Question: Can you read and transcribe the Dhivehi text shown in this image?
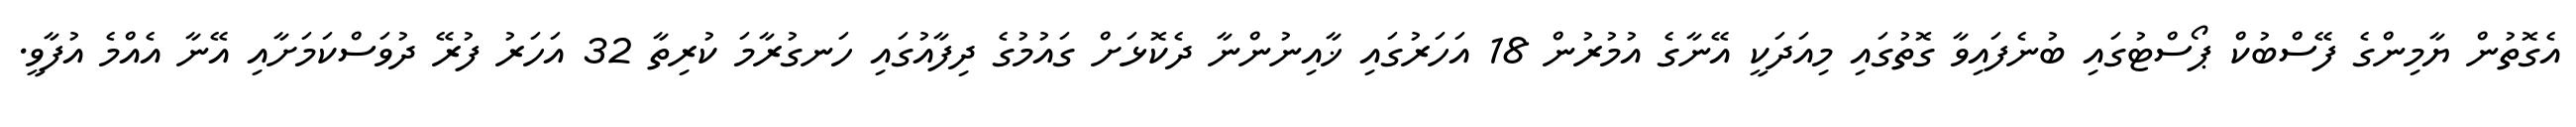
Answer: އެގޮތުން ޔާމިންގެ ފޭސްބުކް ޕޯސްޓުގައި ބުނެފައިވާ ގޮތުގައި މިއަދަކީ އޭނާގެ އުމުރުން 18 އަހަރުގައި ޚާއިނުންނާ ދެކޮޅަށް ގައުމުގެ ދިފާއުގައި ހަނގުރާމަ ކުރިތާ 32 އަހަރު ފުރޭ ދުވަސްކަމަށާއި އޭނާ އެއްމެ އުފާވީ.